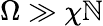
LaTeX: \Omega\gg\chi\mathbb{N}